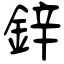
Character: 鋅